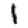
Digit: 1